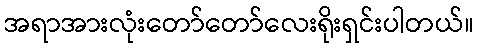
အရာအားလုံးတော်တော်လေးရိုးရှင်းပါတယ်။